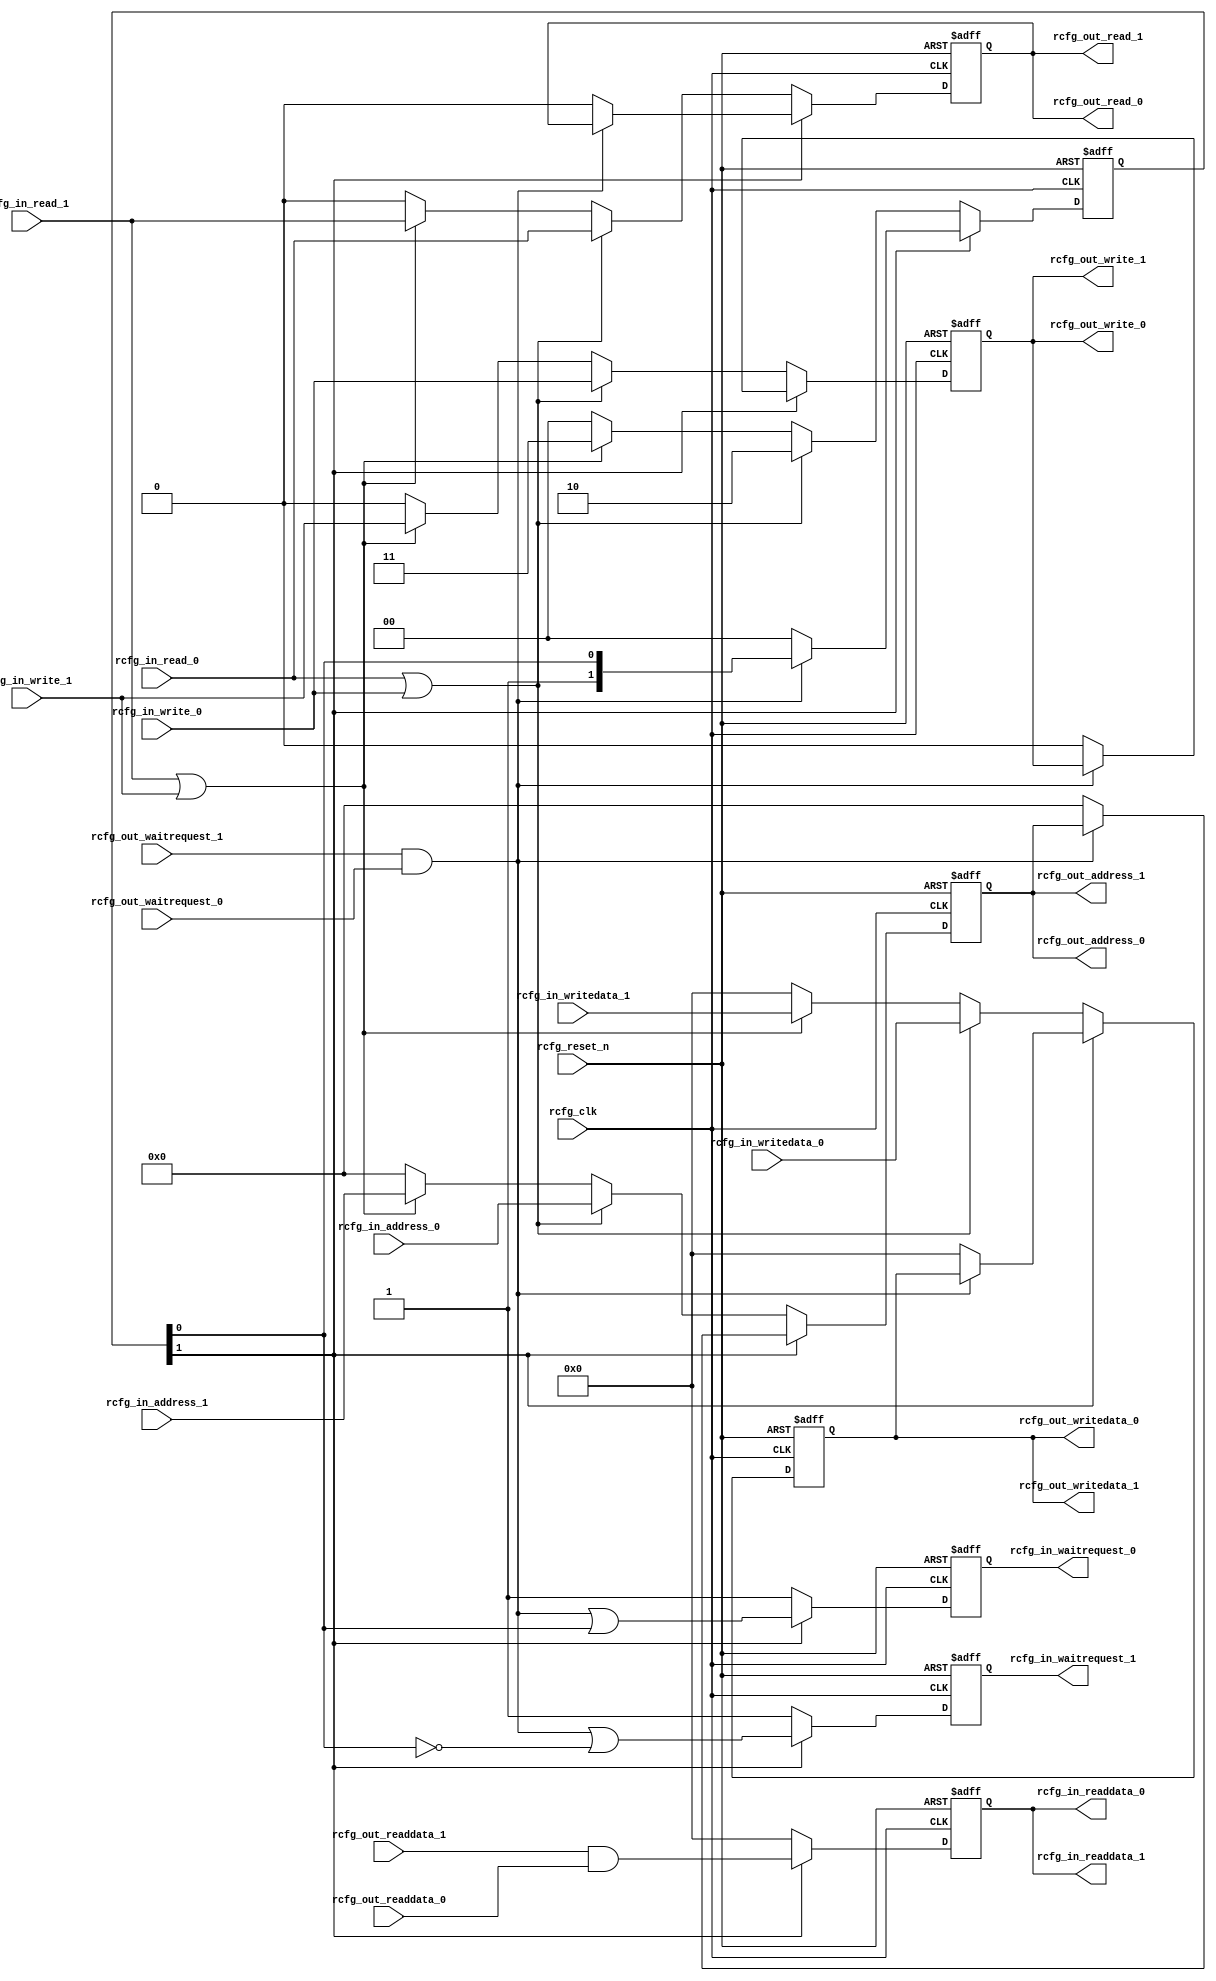
// ***************************************************************************
// ***************************************************************************
// Copyright 2011(c) Analog Devices, Inc.
// 
// All rights reserved.
// 
// Redistribution and use in source and binary forms, with or without modification,
// are permitted provided that the following conditions are met:
//     - Redistributions of source code must retain the above copyright
//       notice, this list of conditions and the following disclaimer.
//     - Redistributions in binary form must reproduce the above copyright
//       notice, this list of conditions and the following disclaimer in
//       the documentation and/or other materials provided with the
//       distribution.
//     - Neither the name of Analog Devices, Inc. nor the names of its
//       contributors may be used to endorse or promote products derived
//       from this software without specific prior written permission.
//     - The use of this software may or may not infringe the patent rights
//       of one or more patent holders.  This license does not release you
//       from the requirement that you obtain separate licenses from these
//       patent holders to use this software.
//     - Use of the software either in source or binary form, must be run
//       on or directly connected to an Analog Devices Inc. component.
//    
// THIS SOFTWARE IS PROVIDED BY ANALOG DEVICES "AS IS" AND ANY EXPRESS OR IMPLIED WARRANTIES,
// INCLUDING, BUT NOT LIMITED TO, NON-INFRINGEMENT, MERCHANTABILITY AND FITNESS FOR A
// PARTICULAR PURPOSE ARE DISCLAIMED.
//
// IN NO EVENT SHALL ANALOG DEVICES BE LIABLE FOR ANY DIRECT, INDIRECT, INCIDENTAL, SPECIAL,
// EXEMPLARY, OR CONSEQUENTIAL DAMAGES (INCLUDING, BUT NOT LIMITED TO, INTELLECTUAL PROPERTY
// RIGHTS, PROCUREMENT OF SUBSTITUTE GOODS OR SERVICES; LOSS OF USE, DATA, OR PROFITS; OR 
// BUSINESS INTERRUPTION) HOWEVER CAUSED AND ON ANY THEORY OF LIABILITY, WHETHER IN CONTRACT,
// STRICT LIABILITY, OR TORT (INCLUDING NEGLIGENCE OR OTHERWISE) ARISING IN ANY WAY OUT OF 
// THE USE OF THIS SOFTWARE, EVEN IF ADVISED OF THE POSSIBILITY OF SUCH DAMAGE.
// ***************************************************************************
// ***************************************************************************

`timescale 1ns/1ps

module avl_adxcfg (

  // reconfig sharing

  input           rcfg_clk,
  input           rcfg_reset_n,

  input           rcfg_in_read_0,
  input           rcfg_in_write_0,
  input   [ 9:0]  rcfg_in_address_0,
  input   [31:0]  rcfg_in_writedata_0,
  output  [31:0]  rcfg_in_readdata_0,
  output          rcfg_in_waitrequest_0,

  input           rcfg_in_read_1,
  input           rcfg_in_write_1,
  input   [ 9:0]  rcfg_in_address_1,
  input   [31:0]  rcfg_in_writedata_1,
  output  [31:0]  rcfg_in_readdata_1,
  output          rcfg_in_waitrequest_1,

  output          rcfg_out_read_0,
  output          rcfg_out_write_0,
  output  [ 9:0]  rcfg_out_address_0,
  output  [31:0]  rcfg_out_writedata_0,
  input   [31:0]  rcfg_out_readdata_0,
  input           rcfg_out_waitrequest_0,

  output          rcfg_out_read_1,
  output          rcfg_out_write_1,
  output  [ 9:0]  rcfg_out_address_1,
  output  [31:0]  rcfg_out_writedata_1,
  input   [31:0]  rcfg_out_readdata_1,
  input           rcfg_out_waitrequest_1);

  // internal registers

  reg     [ 1:0]  rcfg_select = 'd0;
  reg             rcfg_read_int = 'd0;
  reg             rcfg_write_int = 'd0;
  reg     [ 9:0]  rcfg_address_int = 'd0;
  reg     [31:0]  rcfg_writedata_int = 'd0;
  reg     [31:0]  rcfg_readdata_int = 'd0;
  reg             rcfg_waitrequest_int_0 = 'd1;
  reg             rcfg_waitrequest_int_1 = 'd1;

  // internal signals

  wire    [31:0]  rcfg_readdata_s;
  wire            rcfg_waitrequest_s;

  // xcvr sharing requires same bus (sw must make sure they are mutually exclusive access).

  assign rcfg_out_read_0 = rcfg_read_int;
  assign rcfg_out_write_0 = rcfg_write_int;
  assign rcfg_out_address_0 = rcfg_address_int;
  assign rcfg_out_writedata_0 = rcfg_writedata_int;
  assign rcfg_out_read_1 = rcfg_read_int;
  assign rcfg_out_write_1 = rcfg_write_int;
  assign rcfg_out_address_1 = rcfg_address_int;
  assign rcfg_out_writedata_1 = rcfg_writedata_int;
  assign rcfg_in_readdata_0 = rcfg_readdata_int;
  assign rcfg_in_readdata_1 = rcfg_readdata_int;
  assign rcfg_in_waitrequest_0 = rcfg_waitrequest_int_0;
  assign rcfg_in_waitrequest_1 = rcfg_waitrequest_int_1;

  assign rcfg_readdata_s = rcfg_out_readdata_1 & rcfg_out_readdata_0;
  assign rcfg_waitrequest_s = rcfg_out_waitrequest_1 & rcfg_out_waitrequest_0;

  always @(negedge rcfg_reset_n or posedge rcfg_clk) begin
    if (rcfg_reset_n == 0) begin
      rcfg_select <= 2'd0;
      rcfg_read_int <= 1'd0;
      rcfg_write_int <= 1'd0;
      rcfg_address_int <= 10'd0;
      rcfg_writedata_int <= 32'd0;
      rcfg_readdata_int = 32'd0;
      rcfg_waitrequest_int_0 <= 1'b1;
      rcfg_waitrequest_int_1 <= 1'b1;
    end else begin
      if (rcfg_select[1] == 1'b1) begin
        if (rcfg_waitrequest_s == 1'b0) begin
          rcfg_select <= 2'd0;
          rcfg_read_int <= 1'b0;
          rcfg_write_int <= 1'b0;
          rcfg_address_int <= 10'd0;
          rcfg_writedata_int <= 32'd0;
        end
        rcfg_readdata_int = rcfg_readdata_s;
        rcfg_waitrequest_int_0 <= rcfg_waitrequest_s | rcfg_select[0];
        rcfg_waitrequest_int_1 <= rcfg_waitrequest_s | ~rcfg_select[0];
      end else if ((rcfg_in_read_0 == 1'b1) || (rcfg_in_write_0 == 1'b1)) begin
        rcfg_select <= 2'b10;
        rcfg_read_int <= rcfg_in_read_0;
        rcfg_write_int <= rcfg_in_write_0;
        rcfg_address_int <= rcfg_in_address_0;
        rcfg_writedata_int <= rcfg_in_writedata_0;
        rcfg_readdata_int = 32'd0;
        rcfg_waitrequest_int_0 <= 1'b1;
        rcfg_waitrequest_int_1 <= 1'b1;
      end else if ((rcfg_in_read_1 == 1'b1) || (rcfg_in_write_1 == 1'b1)) begin
        rcfg_select <= 2'b11;
        rcfg_read_int <= rcfg_in_read_1;
        rcfg_write_int <= rcfg_in_write_1;
        rcfg_address_int <= rcfg_in_address_1;
        rcfg_writedata_int <= rcfg_in_writedata_1;
        rcfg_readdata_int = 32'd0;
        rcfg_waitrequest_int_0 <= 1'b1;
        rcfg_waitrequest_int_1 <= 1'b1;
      end else begin
        rcfg_select <= 2'd0;
        rcfg_read_int <= 1'd0;
        rcfg_write_int <= 1'd0;
        rcfg_address_int <= 10'd0;
        rcfg_writedata_int <= 32'd0;
        rcfg_readdata_int = 32'd0;
        rcfg_waitrequest_int_0 <= 1'b1;
        rcfg_waitrequest_int_1 <= 1'b1;
      end
    end
  end

endmodule

// ***************************************************************************
// ***************************************************************************